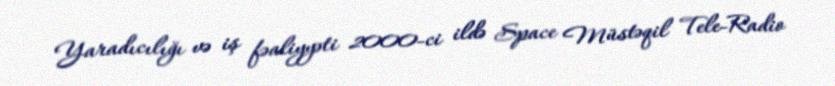
Yaradıcılığı və iş fəaliyyəti 2000-ci ildə Space Müstəqil Tele-Radio